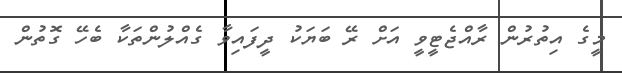
މީގެ އިތުރުން ރާއްޖެޓީވީ އަށް ރޭ ބަޔަކު ދީފައިވާ ގެއްލުންތަކާ ބެހޭ ގޮތުން